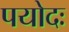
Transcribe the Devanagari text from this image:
पयोदः